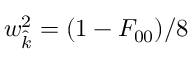
w _ { \hat { k } } ^ { 2 } = ( 1 - F _ { 0 0 } ) / 8